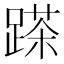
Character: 𨃓